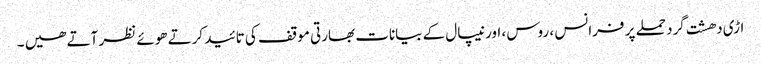
اڑی دھشت گرد حملے پر فرانس ، روس ، اور نیپال کے بیانات بھارتی موقف کی تائید کرتے ھوئے نظر آتے ھیں ۔